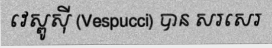
វេស្ពូស៊ី (Vespucci) បាន សរសេរ